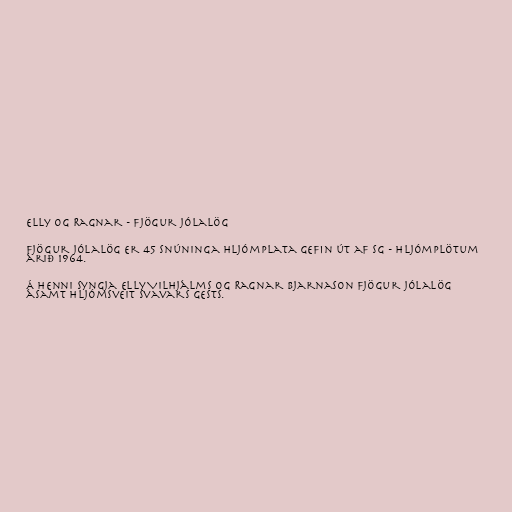
Elly og Ragnar - Fjögur jólalög

Fjögur jólalög er 45 snúninga hljómplata gefin út af SG - hljómplötum
árið 1964.

Á henni syngja Elly Vilhjálms og Ragnar Bjarnason fjögur jólalög
ásamt Hljómsveit Svavars Gests.